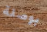
بوصلة